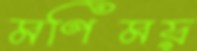
মণিময়